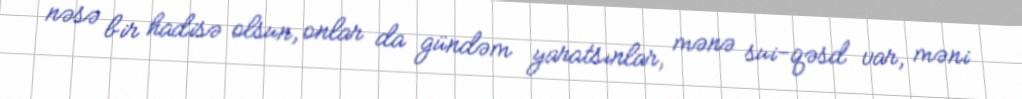
nəsə bir hadisə olsun, onlar da gündəm yaratsınlar, mənə sui-qəsd var, məni